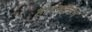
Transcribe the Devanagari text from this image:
हारमट्टन